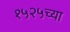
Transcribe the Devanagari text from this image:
१५२५च्या